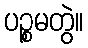
ပဉ္စမတွဲ။